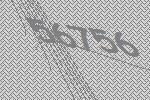
56756